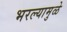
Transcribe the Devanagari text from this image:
भरल्यामुळे